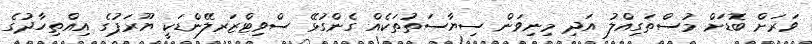
ވަރަށް ބޮޑަށް މުސްތަގިއްލު އަދި މިނިވަން ސިޔާސަތުތަކެއް ގެންގުޅޭ ސްވިޓްޒަރލޭންޑަކީ ޔޫރަޕުގެ އިއްތިހާދުގެ